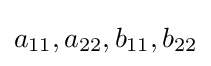
a_{11},a_{22},b_{11},b_{22}